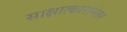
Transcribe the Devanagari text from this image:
साक्षात्कारानंतर